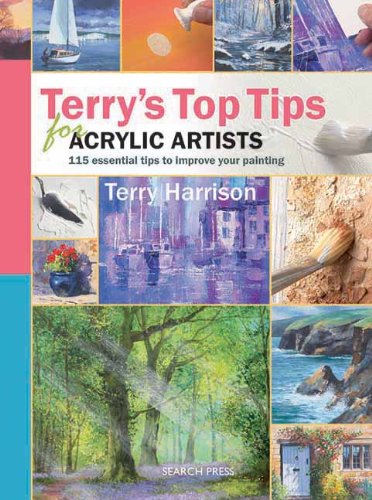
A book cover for Terry's Top Tips for Acrylic Artists; Terry Harrison; Arts & Photography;